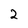
Character: 2